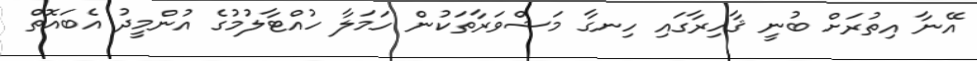
އޭނާ އިތުރަށް ބުނީ ޤާހިރާގައި ހިނގާ މަޝްވަރާތަކުން ހަމަލާ ހުއްޓާލުމުގެ އުންމީދު އެބައޮތް